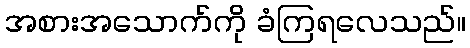
အစားအသောက်ကို ခံကြရလေသည်။